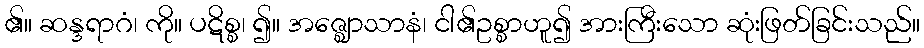
၏။ ဆန္ဒရာဂံ၊ ကို။ ပဋိစ္စ၊ ၍။ အဇ္ဈောသာနံ၊ ငါ၏ဥစ္စာဟူ၍ အားကြီးသော ဆုံးဖြတ်ခြင်းသည်။